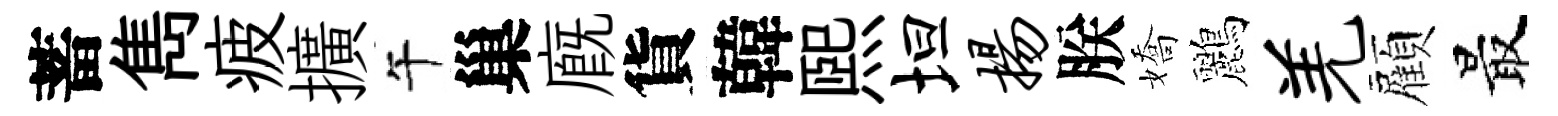
蓄雋疲擴午巢廐貨韓煕坦扬朕嬌鸝羌顏最